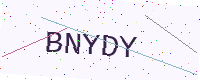
Text: BNYDY